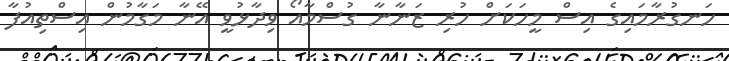
ހަނގުރާމައިގެ އިސް މީހަކަށް ހުރި ޒަނާނާ ގުސްމާއޯ ވިދާޅުވީ އޭނާ މަގާމުން އިސްތިއުފާ